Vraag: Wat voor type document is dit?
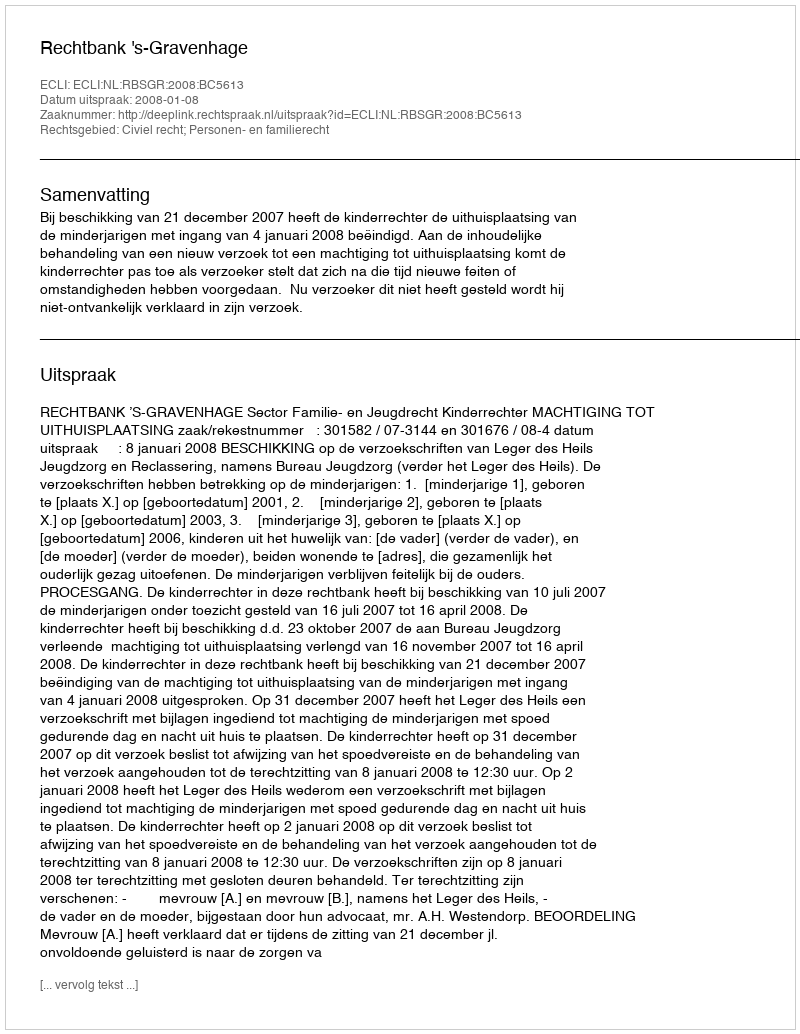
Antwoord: Uitspraak